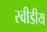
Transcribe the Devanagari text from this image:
स्वीडीय